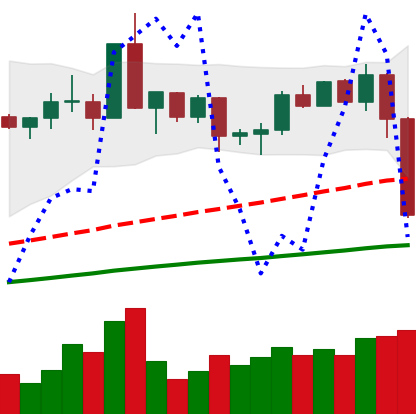
Ticker: XMR-USD
Chart end date: 2020-09-03
Forward return: 7.593%
Label: up_7plus